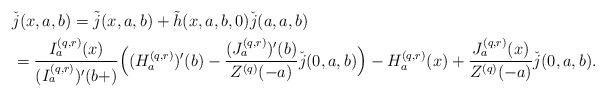
LaTeX: \begin{align*}&\check{j}(x,a,b)= \tilde{j}(x,a,b) +\tilde{h}(x,a,b,0) \check{j}(a,a,b) \\&=\frac {I_a^{(q,r)}(x)} {(I_a^{(q,r)})'(b+)} \Big( (H^{(q,r)}_a)'(b) -\frac {(J_a^{(q,r)})'(b)} {Z^{(q)}(-a)} \check{j}(0,a,b) \Big) - H^{(q,r)}_a(x) + \frac {J_a^{(q,r)}(x)} {Z^{(q)}(-a)} {\check{j}(0,a,b)}.\end{align*}